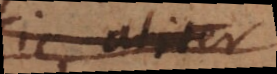
sic, aliter